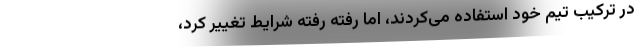
در ترکیب تیم خود استفاده می‌کردند، اما رفته رفته شرایط تغییر کرد،